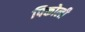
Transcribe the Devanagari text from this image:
पिकोली